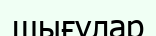
шығулар